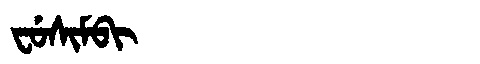
Manchu: ᠸᡠᠰᡳᠮᠪᡳ
Romanization: FUSIMBI